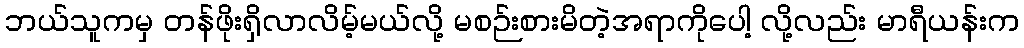
ဘယ်သူကမှ တန်ဖိုးရှိလာလိမ့်မယ်လို့ မစဉ်းစားမိတဲ့အရာကိုပေါ့ လို့လည်း မာရီယန်းက